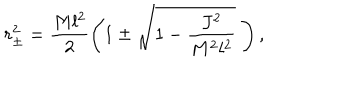
r _ { \pm } ^ { 2 } = \frac { M l ^ { 2 } } { 2 } \left( 1 \pm \sqrt { 1 - \frac { J ^ { 2 } } { M ^ { 2 } l ^ { 2 } } } \; \right) ,